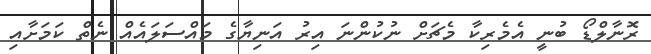
ރޮނާލްޑޯ ބުނީ އެމެރިކާ މެޗަށް ނުކުންނަ އިރު އަނިޔާގެ މައްސަލައެއް ނެތް ކަމަށާއި